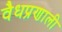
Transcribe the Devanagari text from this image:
वैधप्रणाली